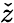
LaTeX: \check{z}